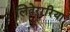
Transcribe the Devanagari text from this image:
लितेरारिया